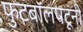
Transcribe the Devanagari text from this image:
फुटबॉलपटूंनी